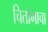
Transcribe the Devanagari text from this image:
चितांगाचा